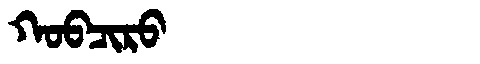
Manchu: ᡴᠣᠪᠴᡳᡵᠣ
Romanization: KOBCIRO